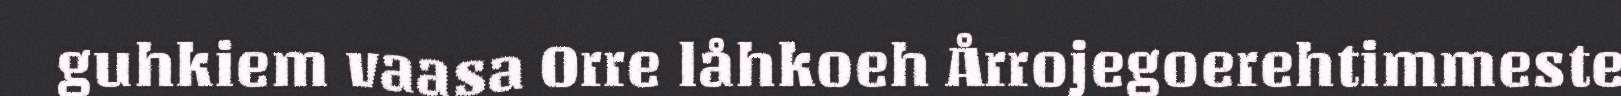
guhkiem vaasa Orre låhkoeh Årrojegoerehtimmeste